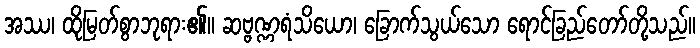
အဿ၊ ထိုမြတ်စွာဘုရား၏။ ဆဗ္ဗဏ္ဏရံသိယော၊ ခြောက်သွယ်သော ရောင်ခြည်တော်တို့သည်။